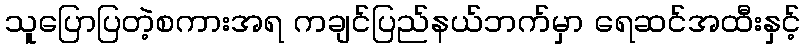
သူပြောပြတဲ့စကားအရ ကချင်ပြည်နယ်ဘက်မှာ ရေဆင်အထီးနှင့်